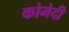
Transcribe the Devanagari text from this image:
कोमेदी